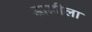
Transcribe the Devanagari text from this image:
डाळीला